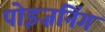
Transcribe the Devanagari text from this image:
पोइज़निंग